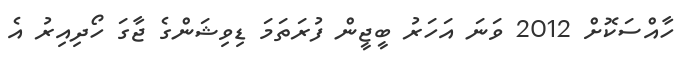
ހާއްސަކޮށް 2012 ވަނަ އަހަރު ބީޖީން ފުރަތަމަ ޑިވިޝަންގެ ޖާގަ ހޯދިއިރު އެ